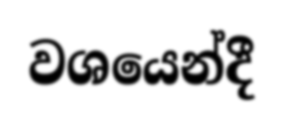
වශයෙන්දී